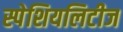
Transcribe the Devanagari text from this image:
स्पेशियलिटीज